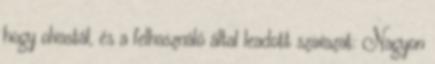
hogy olvastál, és a felhasználó által leadott szavazat: Nagyon